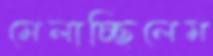
মেলাচ্ছিলেম